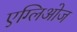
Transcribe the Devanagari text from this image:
एग्लिओज